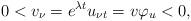
LaTeX: \begin{align*}0 < v_{\nu}=e^{\lambda t}u_{\nu t}=v\varphi_u<0,\end{align*}